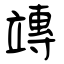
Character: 竱